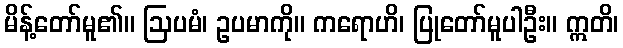
မိန့်တော်မူ၏။ ဩပမံ၊ ဥပမာကို။ ကရောဟိ၊ ပြုတော်မူပါဦး။ ဣတိ၊